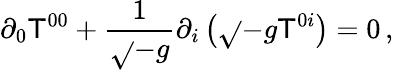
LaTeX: \partial_{0}\mathsf{T}^{00}+\frac{{1}}{{\sqrt{}{{-g}}}}\partial_{i}\left(\sqrt{}{{-g}}\mathsf{T}^{0i}\right)=0\, ,